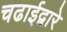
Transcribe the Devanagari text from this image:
चढाईद्वारे